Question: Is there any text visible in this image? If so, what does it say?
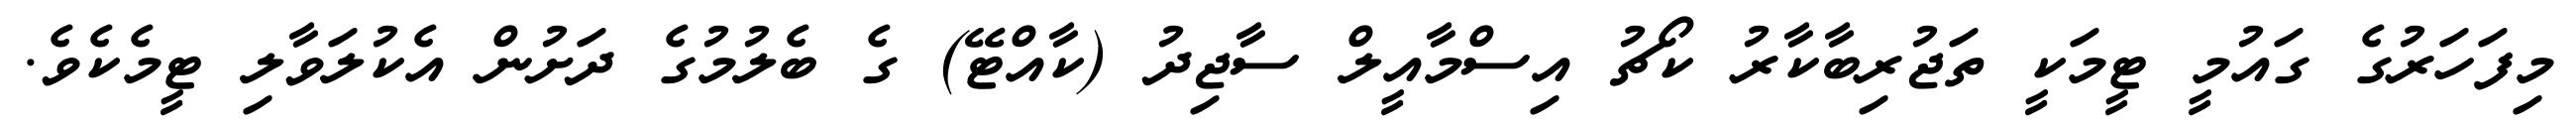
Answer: މިފަހަރުގެ ގައުމީ ޓީމަކީ ތަޖުރިބާކާރު ކޯޗު އިސްމާއީލް ސާޖިދު (ކާއްޓޭ) ގެ ބެލުމުގެ ދަށުން އެކުލަވާލި ޓީމެކެވެ.